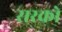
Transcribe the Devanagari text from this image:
सरको